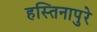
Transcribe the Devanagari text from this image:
हस्तिनापुरे